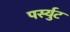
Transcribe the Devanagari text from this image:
पर्स्युट